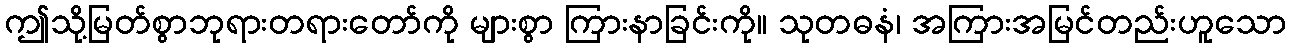
ဤသို့မြတ်စွာဘုရားတရားတော်ကို များစွာ ကြားနာခြင်းကို။ သုတဓနံ၊ အကြားအမြင်တည်းဟူသော